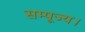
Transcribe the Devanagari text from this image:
सम्पूज्य।